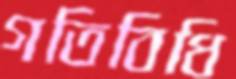
গতিবিধি